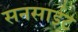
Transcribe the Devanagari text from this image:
सनसाईट